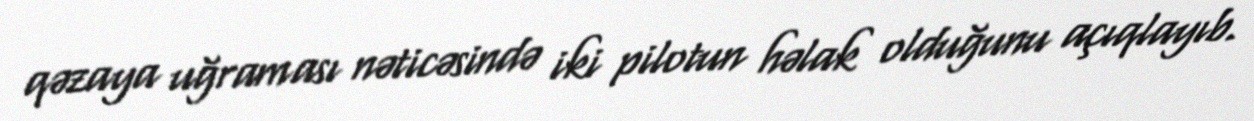
qəzaya uğraması nəticəsində iki pilotun həlak olduğunu açıqlayıb.